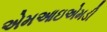
એમઆઇએમડી